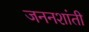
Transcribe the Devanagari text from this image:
जननशांती